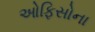
ઓફિસોના